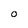
Character: o